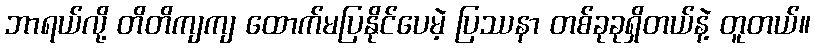
ဘာရယ်လို့ တိတိကျကျ ထောက်မပြနိုင်ပေမဲ့ ပြဿနာ တစ်ခုခုရှိတယ်နဲ့ တူတယ်။